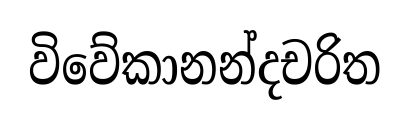
විවේකානන්දචරිත